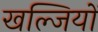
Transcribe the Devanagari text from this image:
खल्जियों